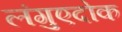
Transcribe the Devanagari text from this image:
लंगुएदोक